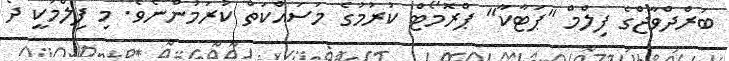
ބަރްދްވާޖްގެ ފިލްމް "ޕަޓާކާ" ޕްރޮމޯޓް ކުރުމުގެ މަސައްކަތް ކުރަމުންނެވެ. މި ފިލްމަކީ ދެ